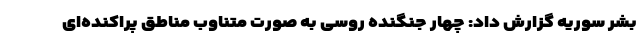
بشر سوریه گزارش داد: چهار جنگنده روسی به صورت متناوب مناطق پراکنده‌ای